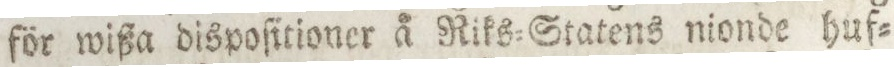
för wißa dispoſitioner å Riks=Statens nionde huf=